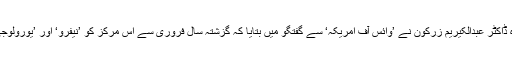
کوئٹہ میں ’انسٹی ٹیوٹ آف نیفرو اینڈ یورولوجی‘ کے سربراہ ڈاکٹر عبدالکیریم زرکون نے ’وائس آف امریکہ‘ سے گفتگو میں بتایا کہ گزشتہ سال فروری سے اس مرکز کو ’نیفرو‘ اور ’یورولوجی‘ کے شعبے کے ماہر ڈاکٹروں کی مدد سے فعال بنایا گیا۔